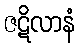
ဇဋိလာနံ